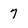
Character: 7